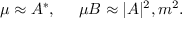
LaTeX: \mu \approx A ^ { * } , \; \; \; \; \; \mu B \approx | A | ^ { 2 } , m ^ { 2 } .